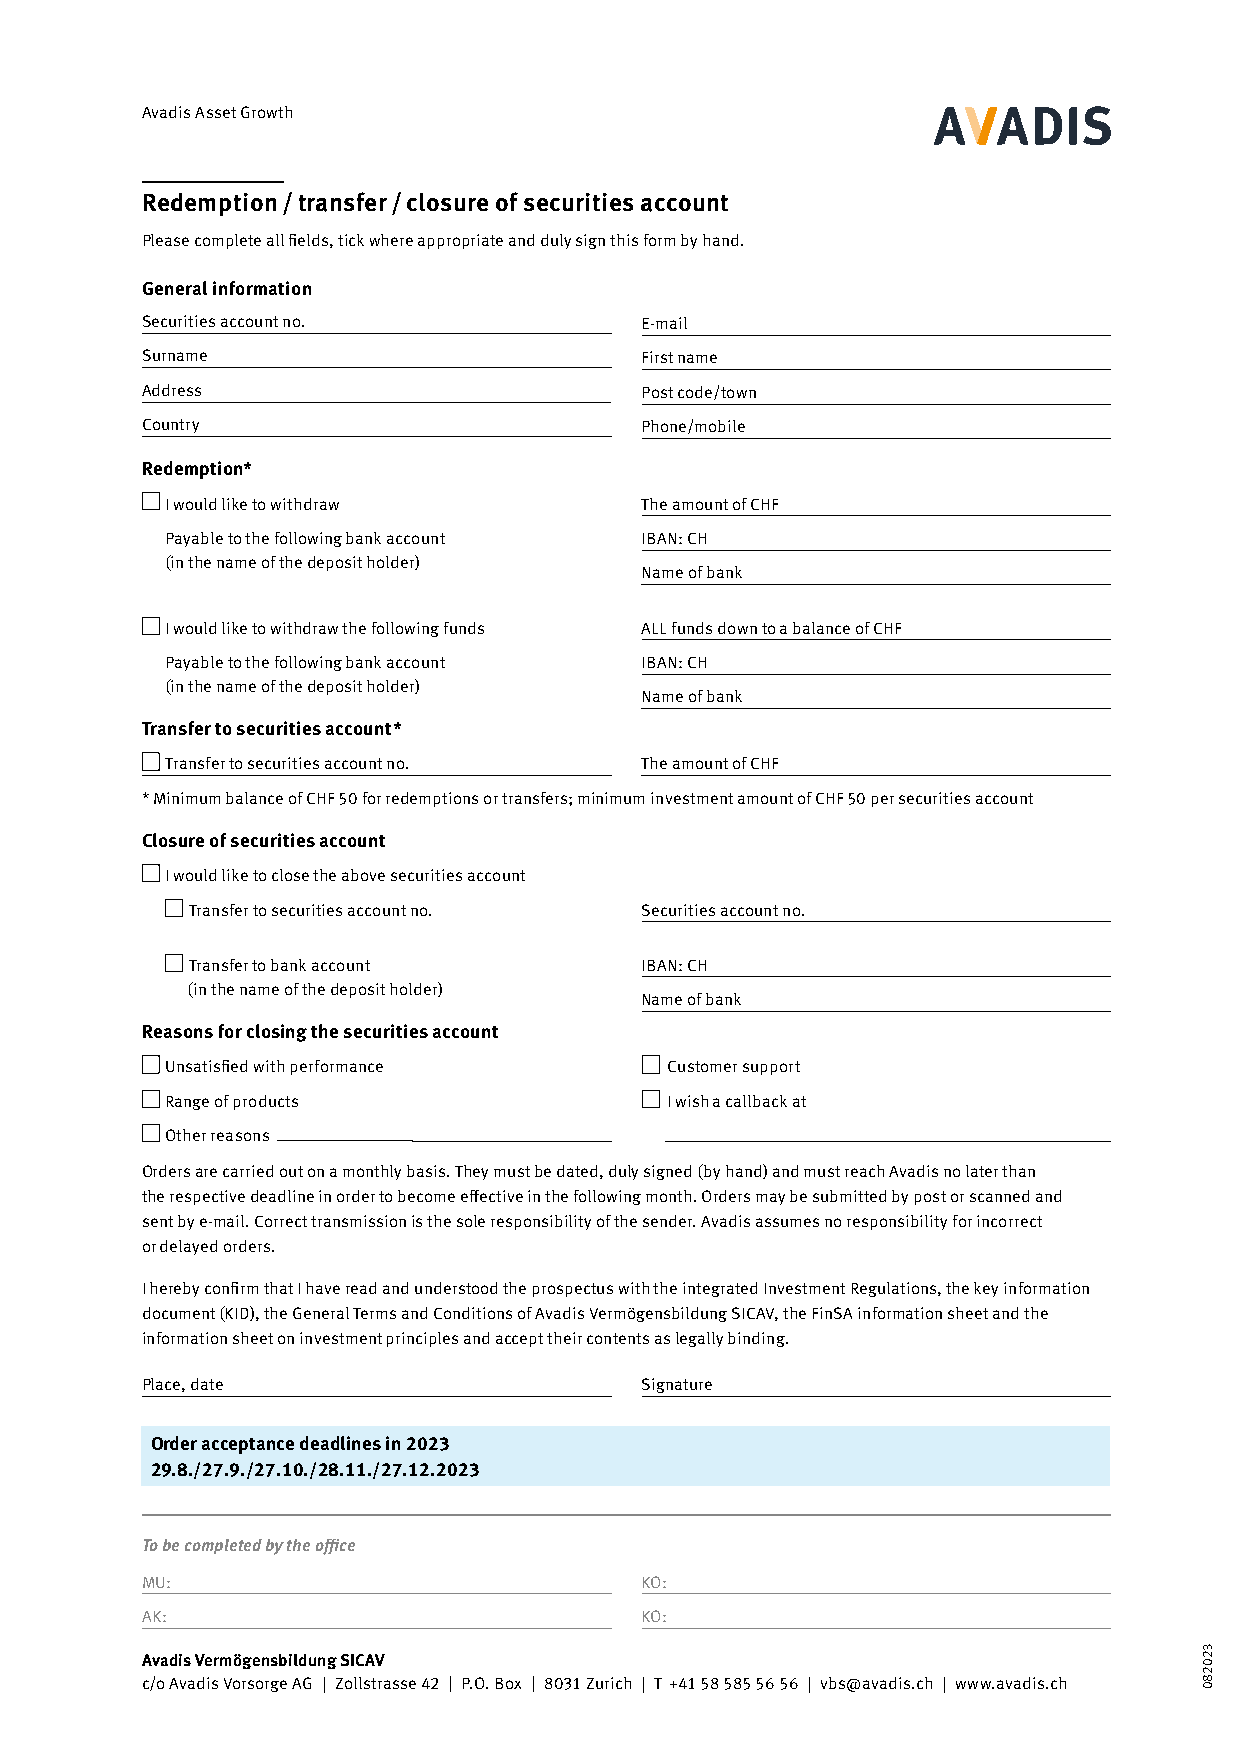
Avadis Asset Growth
 Redemption / transfer / closure of securities account
 Please complete all fields, tick where appropriate and duly sign this form by hand.
 General information
 Securities account no.           E-mail
 Surname                          First name
 Address                          Post code/town
 Country                          Phone/mobile
 Redemption*
 I would like to withdraw       The amount of CHF
 Payable to the following bank account IBAN: CH
 (in the name of the deposit holder)
 Name of bank
 I would like to withdraw the following funds ALL funds down to a balance of CHF
 Payable to the following bank account IBAN: CH
 (in the name of the deposit holder)
 Name of bank
 Transfer to securities account*
 Transfer to securities account no. The amount of CHF
 * Minimum balance of CHF 50 for redemptions or transfers; minimum investment amount of CHF 50 per securities account
 Closure of securities account
 I would like to close the above securities account
 Transfer to securities account no. Securities account no.
 Transfer to bank account     IBAN: CH
 (in the name of the deposit holder)
 Name of bank
 Reasons for closing the securities account
 Unsatisfied with performance     Customer support
 Range of products                I wish a callback at
 Other reasons
 Orders are carried out on a monthly basis. They must be dated, duly signed (by hand) and must reach Avadis no later than
 the respective deadline in order to become effective in the following month. Orders may be submitted by post or scanned and
 sent by e-mail. Correct transmission is the sole responsibility of the sender. Avadis assumes no responsibility for incorrect
 or delayed orders.
 I hereby confirm that I have read and understood the prospectus with the integrated Investment Regulations, the key information
 document (KID), the General Terms and Conditions of Avadis Vermögensbildung SICAV, the FinSA information sheet and the
 information sheet on investment principles and accept their contents as legally binding.
 Place, date                      Signature
 Order acceptance deadlines in 2023
 29.8./27.9./27.10./28.11./27.12.2023
 To be completed by the office
 MU:                              KO:
 AK:                              KO:
 Avadis Vermögensbildung SICAV
 c/o Avadis Vorsorge AG | Zollstrasse 42 | P.O. Box | 8031 Zurich | T +41 58 585 56 56 | vbs@avadis.ch | www.avadis.ch
 320280